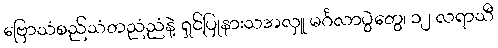
ဗြောသံစည်သံတညံညံနဲ့ ရှင်ပြုနားသအလှူ မင်္ဂလာပွဲတွေ၊ ၁၂ လရာသီ